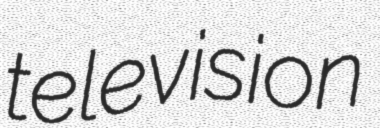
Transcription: television